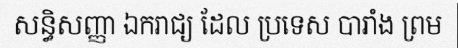
សន្ធិសញ្ញា ឯករាជ្យ ដែល ប្រទេស បារាំង ព្រម